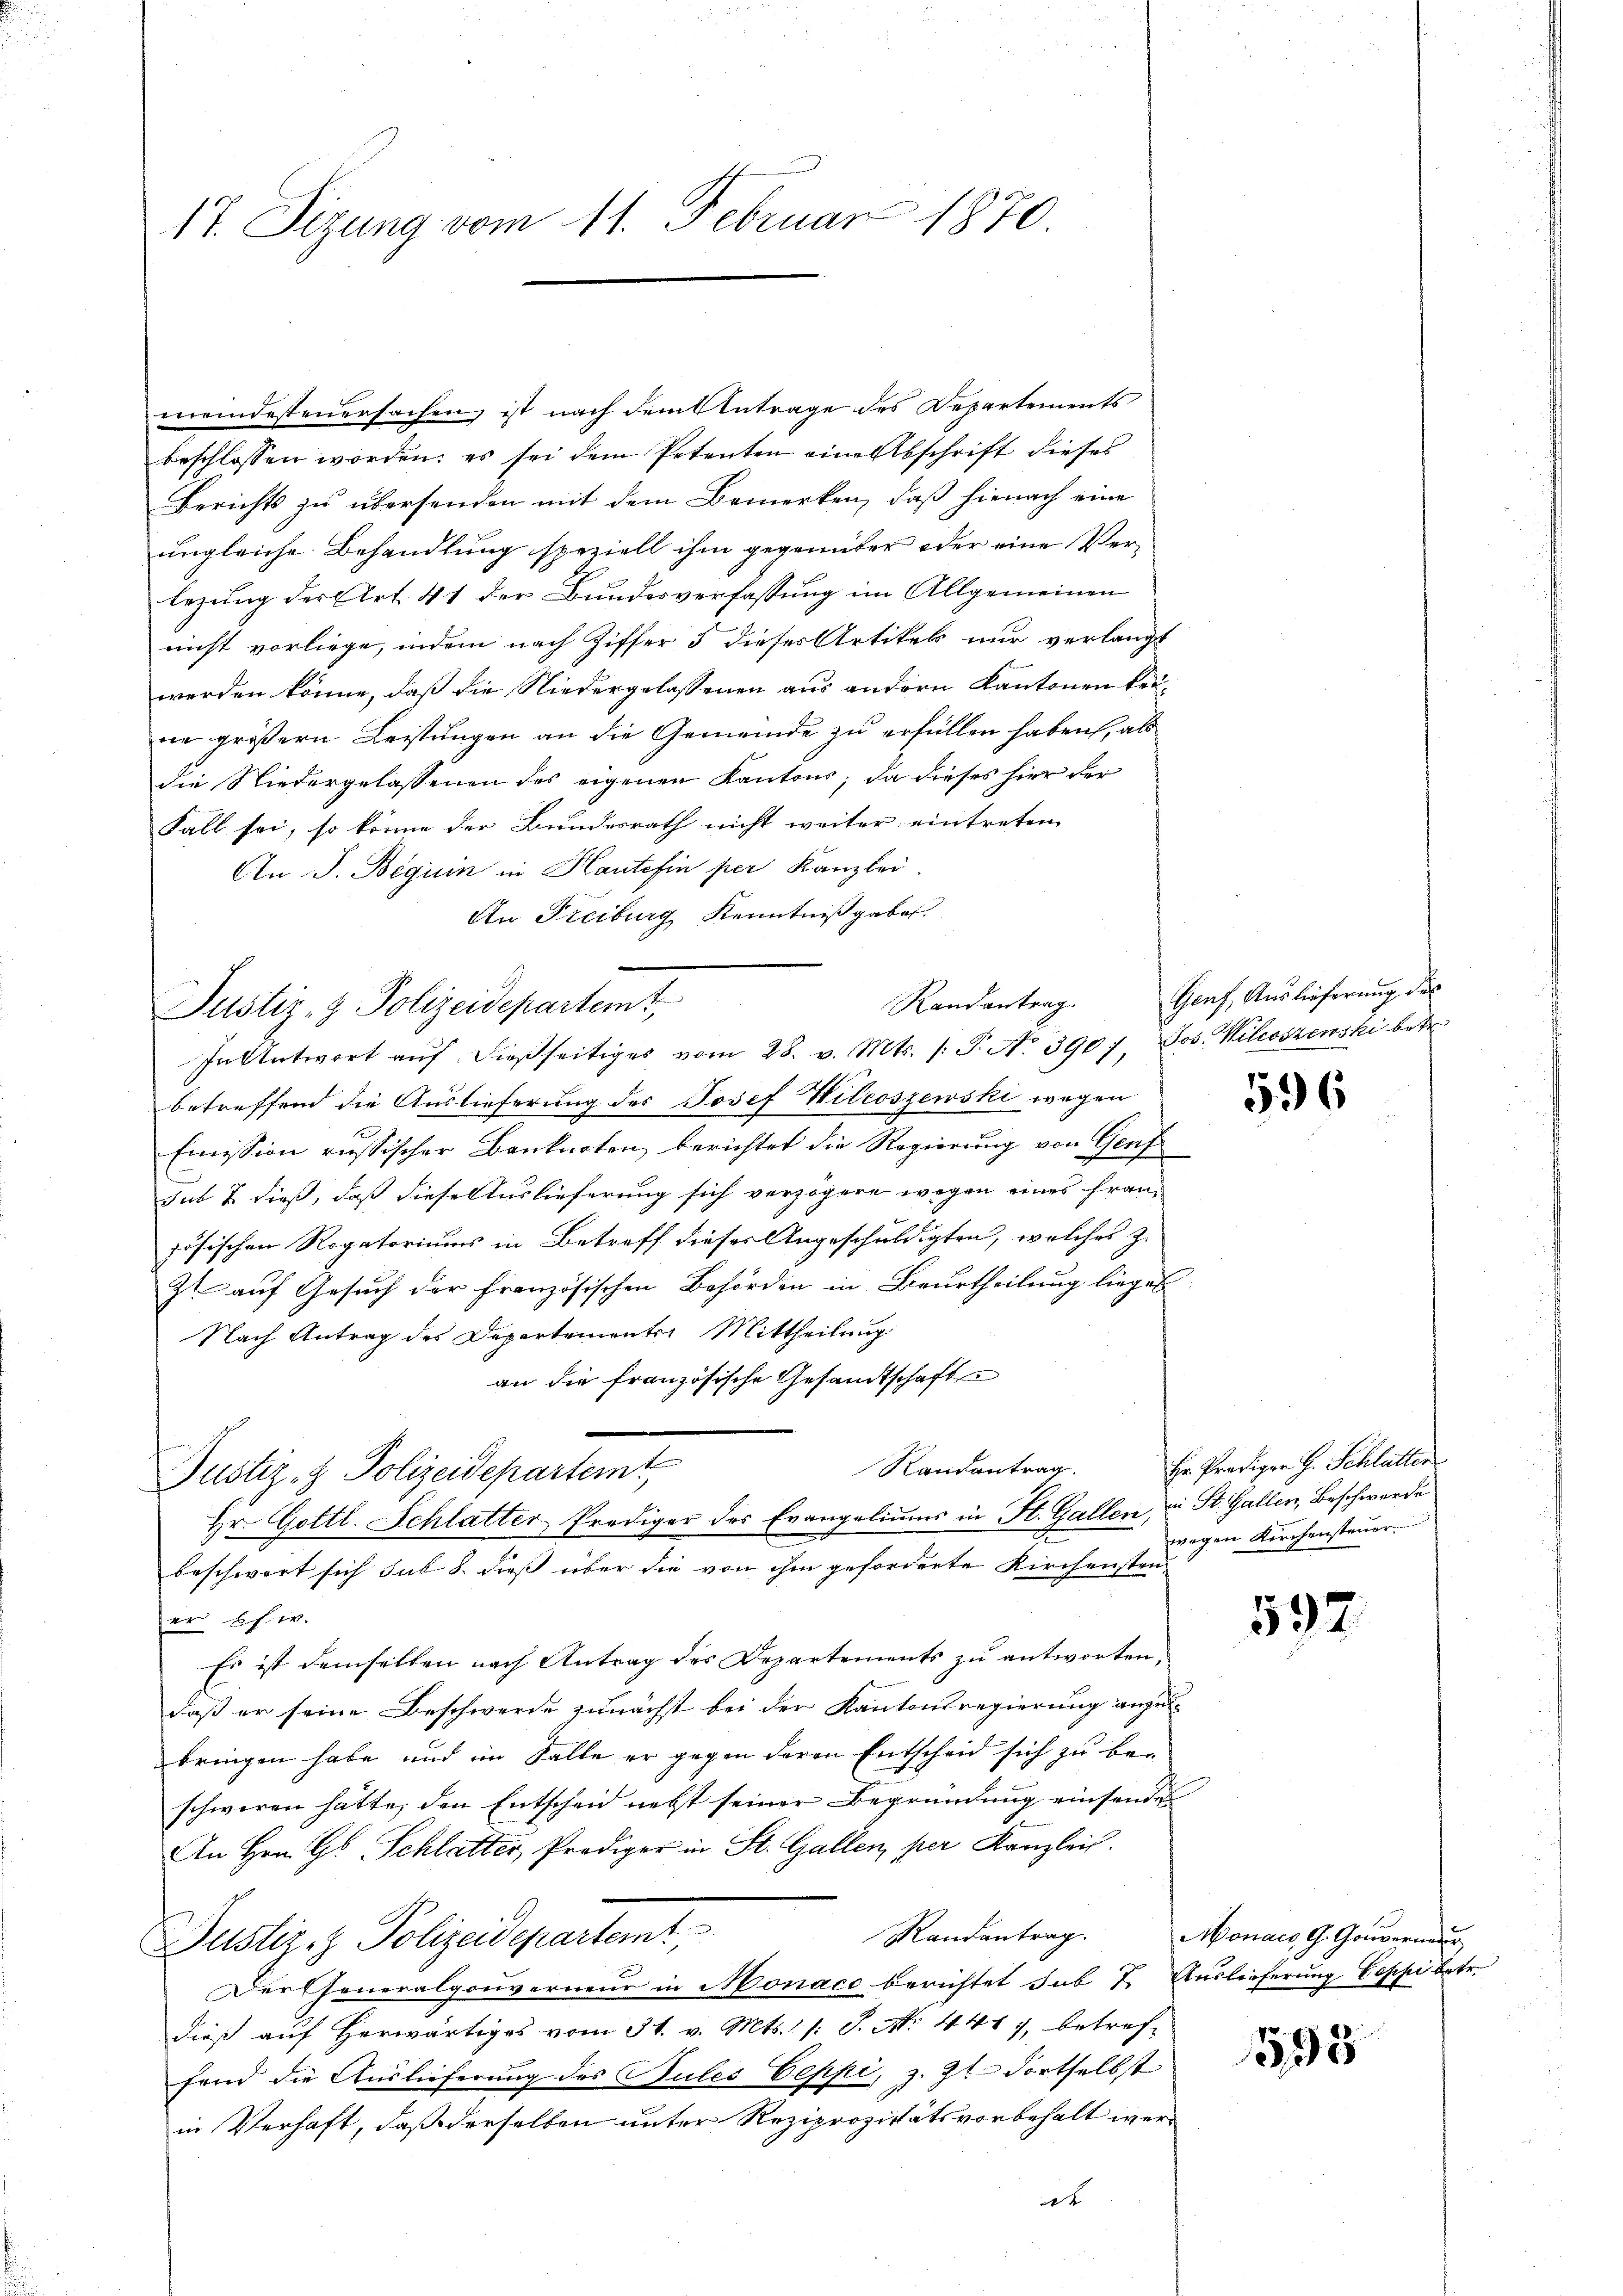
i

meindesteuersachen ist nach dem Antrage des Repartements
beschlossen worden; es sei dem Petenten eine Abschrift dieses
Berichts zu übersenden mit dem Bemerken, daß hienach eine
ungleiche Behandlung speziell ihm gegenüber oder eine Verlezung der Art. 41 der Bundesverfassung im Allgemeinen
nicht vorliege, indem nach Ziffer 5 dieses Artikel nur verlangt
werden könne, daß die Niedergelassenen aus andern Kantonen keine größern Leistungen an die Gemeinde zu erfüllen haben, als
die Niedergelassenen des eigenen Kantons; da dieses hier der
Fall sei, so könne der Bundesrath nicht weiter eintreten
An J. Beguin in Haute fin per Kanzlei.
An Freiburg Kenntnißgaben.
Randantrag.
Justiz- & Polizeidepartemt,
In Antwort aŭf dießseitiges vom 28. v. Mts. /: P. No 3907, Jos. Kilcoszenski betr.
betreffend die Auslieferung des Josef Wilcoszewski wegen
Emission russischer Banknoten, berichtet die Regierung von Genf
sub. 2 dieß, daß diese Auslieferung sich verzögere wegen eines Frauzösischen Rogatoriums in Betreff dieses Angeschuldigten, welches z.
zt auf Gesuch der französischen Behörden in Beurtheilung lieges
Nach Antrag des Departementer Mittheilung
an die französische Gesandtschaft
Randantrag
Justiz- & Polizeidepartemt,
Hr. Gottl. Schlatter Prediger des Evangeliums in St. Gallen, zu St. Gallen, Beschwerde
beschwert sich sub 8. dieß über die von ihm geforderte Kirchensten
er s. w.
Es ist demselben nach Antrag des Departements zu antworten.
daß er seine Beschwerde zunächst bei der Kantonsregierung anzubringen habe und im Falle er gegen deren Entscheid sich zu beschweren hätte, den Entscheid nebst seiner Begründung einsende
An Hrn. G. Schlatter, Prädiger in St. Gallen, per Kanzlei.
Justiz- & Polizeidepartemt,
Der Generalgouverneur in Monaco berichtet sub 7. Auslieferung Coppi betr.
dieß auf herwärtiges vom 31. v. Mts. /: S. No. 4417, betreffand die Auslieferung des Pules Oeppi, z. Zt. dortselbst
in Verhaft, daß derselben unter Reziprozitätsvorbehalt werat

17. Sizung vom 11. Februar 1870.

Genf, Auslieferung des

596

Hr. Prediger H. Schlatter
wegen Kirchensteuer.

592.

Randantrag. Monaco, G. Gouverneur

593